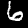
Label: 6